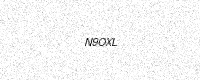
Text: N9OXL